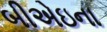
બીએઇના